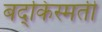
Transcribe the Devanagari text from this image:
बद्किस्मती